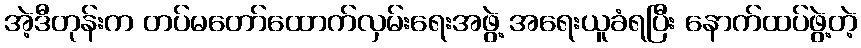
အဲ့ဒီတုန်းက တပ်မတော်ထောက်လှမ်းရေးအဖွဲ့ အရေးယူခံရပြီး နောက်ထပ်ဖွဲ့တဲ့